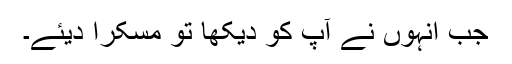
جب انہوں نے آپ کو دیکھا تو مسکرا دیئے۔